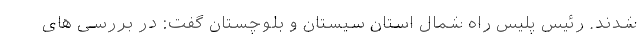
شدند. رئیس پلیس راه شمال استان سیستان و بلوچستان گفت: در بررسی های